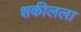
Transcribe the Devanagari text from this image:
शकीलला